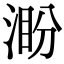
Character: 𣸜